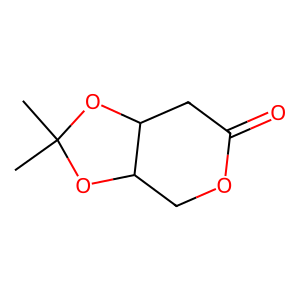
SMILES: CC1(C)OC2COC(=O)CC2O1
Inhibits HIV replication: No